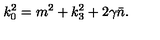
k _ { 0 } ^ { 2 } = m ^ { 2 } + k _ { 3 } ^ { 2 } + 2 \gamma \bar { n } .